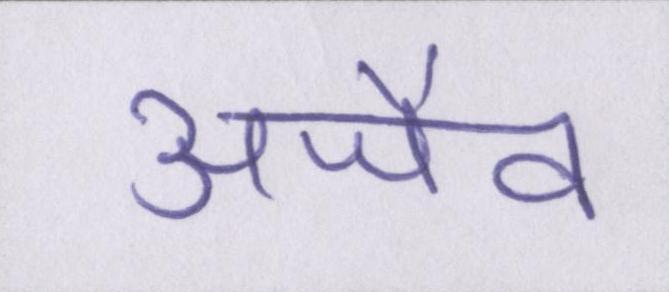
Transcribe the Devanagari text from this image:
अजैव